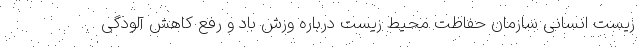
زیست انسانی سازمان حفاظت محیط زیست درباره وزش باد و رفع کاهش آلودگی